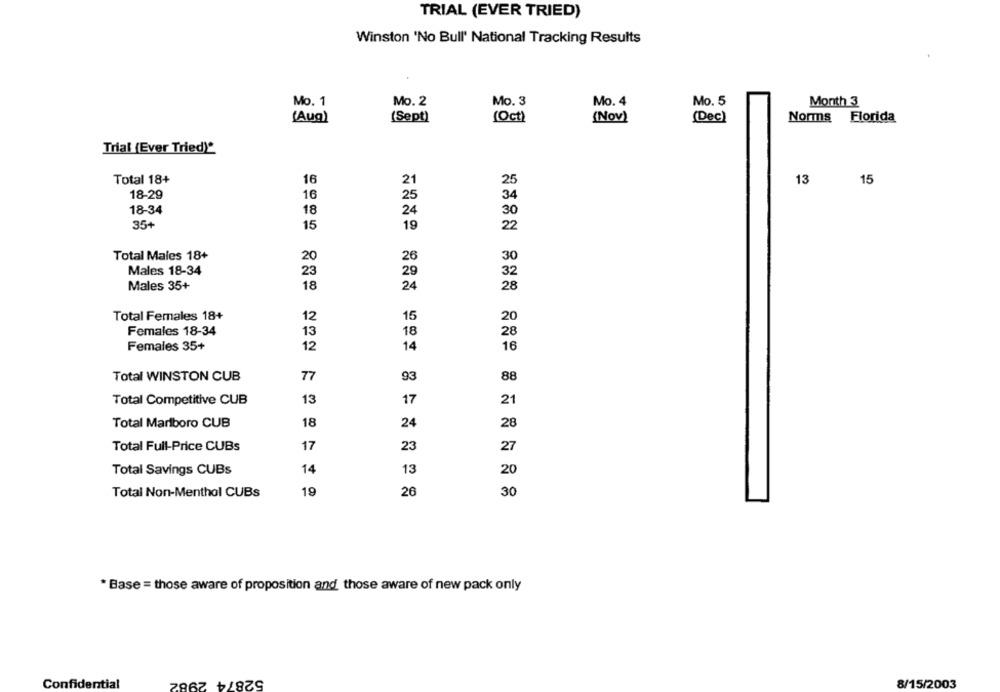
TRIAL (EVER TRIED)
Winston 'No Bull' National Tracking Results
Mo. 1
Mo. 2
Mo. 3
Mo. 4
Mo. 5
Month 3
(Sept)
(Oct)
(Dec)
Norms Florida
(Aug)
(Nov)
Trial (Ever Tried)*
Total 18+
16
21
25
13
15
18-29
16
25
34
18-34
18
24
30
35+
15
19
22
Total Males 18+
26
20
30
Males 18-34
23
29
32
Males 35+
18
24
28
Total Females 18+
12
15
20
Females 18-34
13
18
28
16
Females 35+
12
14
Total WINSTON CUB
77
93
88
Total Competitive CUB
13
17
21
Total Marlboro CUB
18
24
28
Total Full-Price CUBs
17
23
27
Total Savings CUBs
14
13
20
19
26
Total Non-Menthol CUBs
30
* Base = those aware of proposition and those aware of new pack only
52874 2982
Confidential
8/15/2003